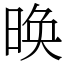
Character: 㬇